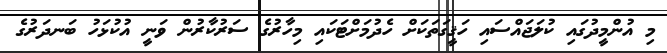
މި އުންމީދުގައި ކުލަޖައްސައި ހަޤީގަތަކަށް ހެދުމަށްޓަކައި މިހާރުގެ ސަރުކާރުން ވަނީ އުކުޅަހު ބަނދަރުގެ